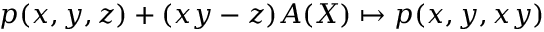
p ( x , y , z ) + ( x y - z ) A ( X ) \mapsto p ( x , y , x y )